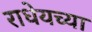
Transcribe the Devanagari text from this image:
राधेयच्या